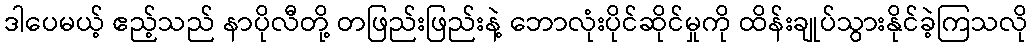
ဒါပေမယ့် ဧည့်သည် နာပိုလီတို့ တဖြည်းဖြည်းနဲ့ ဘောလုံးပိုင်ဆိုင်မှုကို ထိန်းချုပ်သွားနိုင်ခဲ့ကြသလို